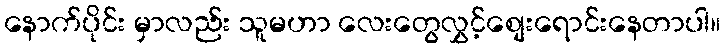
နောက်ပိုင်း မှာလည်း သူမဟာ လေးတွေလွှင့်စျေးရောင်းနေတာပါ။